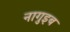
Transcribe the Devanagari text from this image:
नागुइब